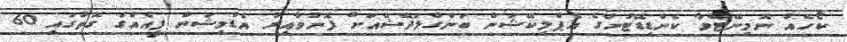
ކޯހެއް ނޮމިނޭޓްވާ ކެންޑިޑޭޓުންގެ އެޕްލިކޭޝަން ބަންގްލަދޭޝްއަށް ފޮނުވާއިރު އެޑްމިޝަން ފީއެއްގެ ގޮތުގައި 60